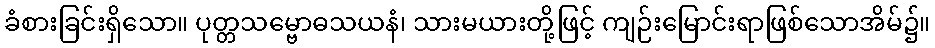
ခံစားခြင်းရှိသော။ ပုတ္တသမ္ဗောဓသယနံ၊ သားမယားတို့ဖြင့် ကျဉ်းမြောင်းရာဖြစ်သောအိမ်၌။